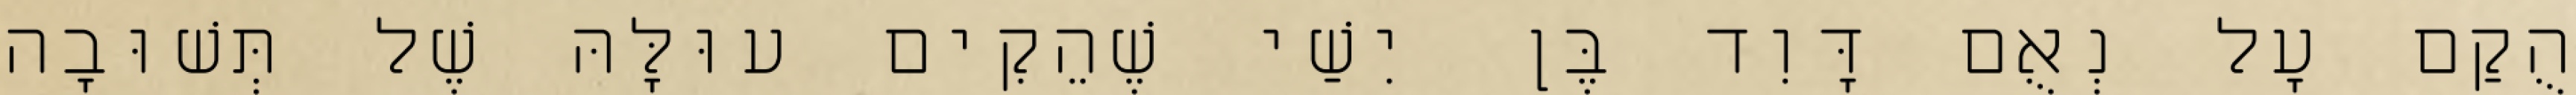
הֻקַם עָל נְאֻם דָּוִד בֶּן יִשַׁי שֶׁהֵקִים עוּלָּהּ שֶׁל תְּשׁוּבָה